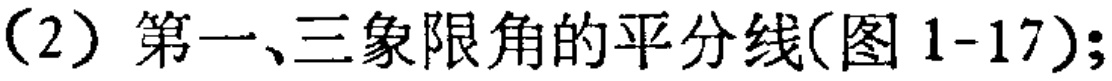
（2）第一、三象限角的平分线(图 1-17);